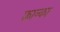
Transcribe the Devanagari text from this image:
फ्रान्का